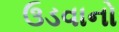
ઉડવાનો